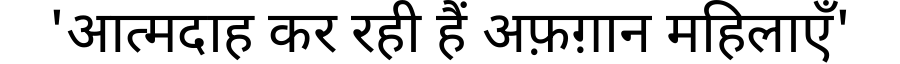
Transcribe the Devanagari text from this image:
'आत्मदाह कर रही हैं अफ़ग़ान महिलाएँ'